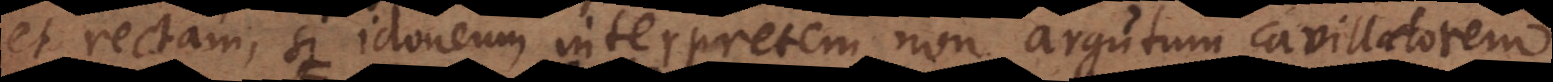
et rectam, si idoneum interpretem, non argutum cavillatorem